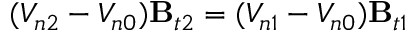
( V _ { n 2 } - V _ { n 0 } ) \mathbf { B } _ { t 2 } = ( V _ { n 1 } - V _ { n 0 } ) \mathbf { B } _ { t 1 }